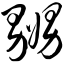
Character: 嬲